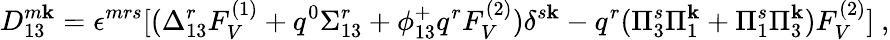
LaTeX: D_{13}^{m\mathbf{k}}=\epsilon^{mrs}[(\Delta_{13}^{r}F_{V}^{(1)}+q^{0}\Sigma_{13}^{r}+\phi_{13}^{+}q^{r}F_{V}^{(2)})\delta^{s\mathbf{k}}-q^{r}(\Pi_{3}^{s}\Pi_{1}^{\mathbf{k}}+\Pi_{1}^{s}\Pi_{3}^{\mathbf{k}})F_{V}^{(2)}]~,